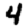
Digit: 4